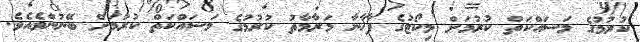
ކުރުމުގެ މަސައްކަތް ކުރުމަށް މިކޯޓުގެ ފާޚާނާ މަރާމާތު ކުރުމުގެ މަސައްކަތް ކުރުމަށް ބޭނުންވެއެވެ.